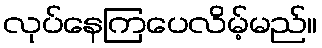
လုပ်နေကြပေလိမ့်မည်။